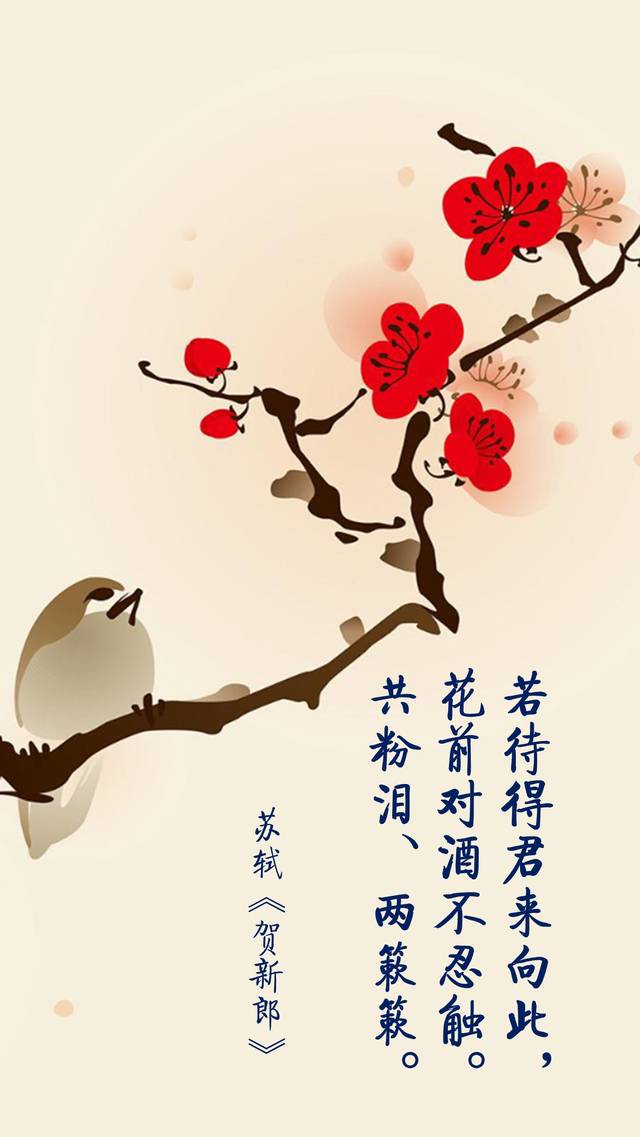
若待得君来向此，花前对酒不忍触。